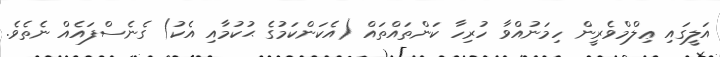
އަލީގައި ޢިލްމްވެރީން ހިމަނުއްވާ ހުރިހާ ކަންތައްތައް (އެކަންކަމުގެ ޙުކުމާއި އެކު) ގެނެސްފައެއް ނެތެވެ.